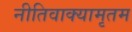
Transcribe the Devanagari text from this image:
नीतिवाक्यामृतम